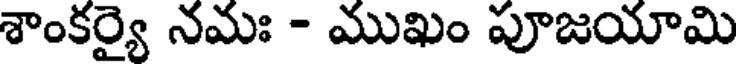
శాంకర్యై నమః - ముఖం పూజయామి